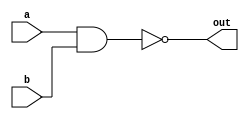
module NAND_gate_delay(
    input wire a,
    input wire b,
    output reg out
);

initial
begin
    out = ~(a & b); //NAND gate logic
    #10; // introduce delay of 10 time units
end

endmodule